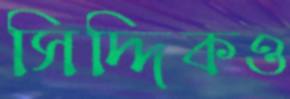
সিদ্দিকও